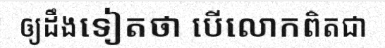
ឲ្យដឹងទៀតថា បើលោកពិតជា